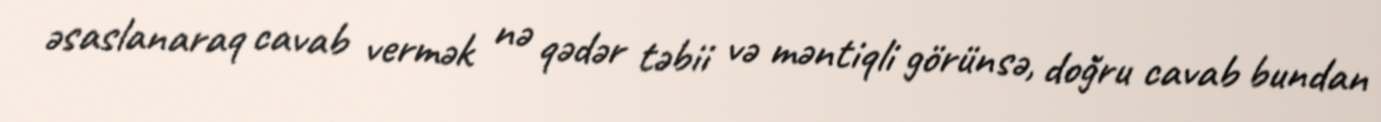
əsaslanaraq cavab vermək nə qədər təbii və məntiqli görünsə, doğru cavab bundan